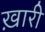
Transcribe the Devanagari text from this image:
ख़ारी